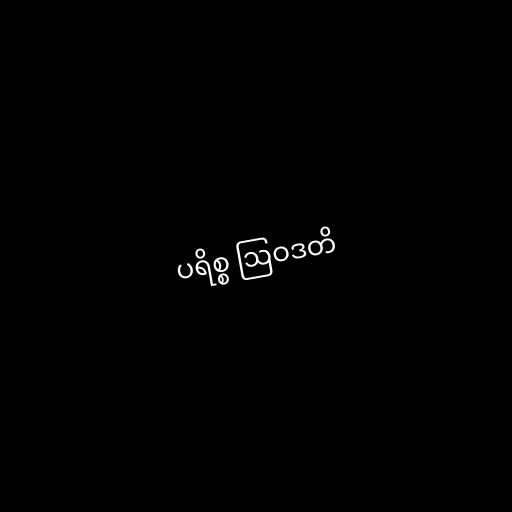
ပရိစ္စ ဩဝဒတိ